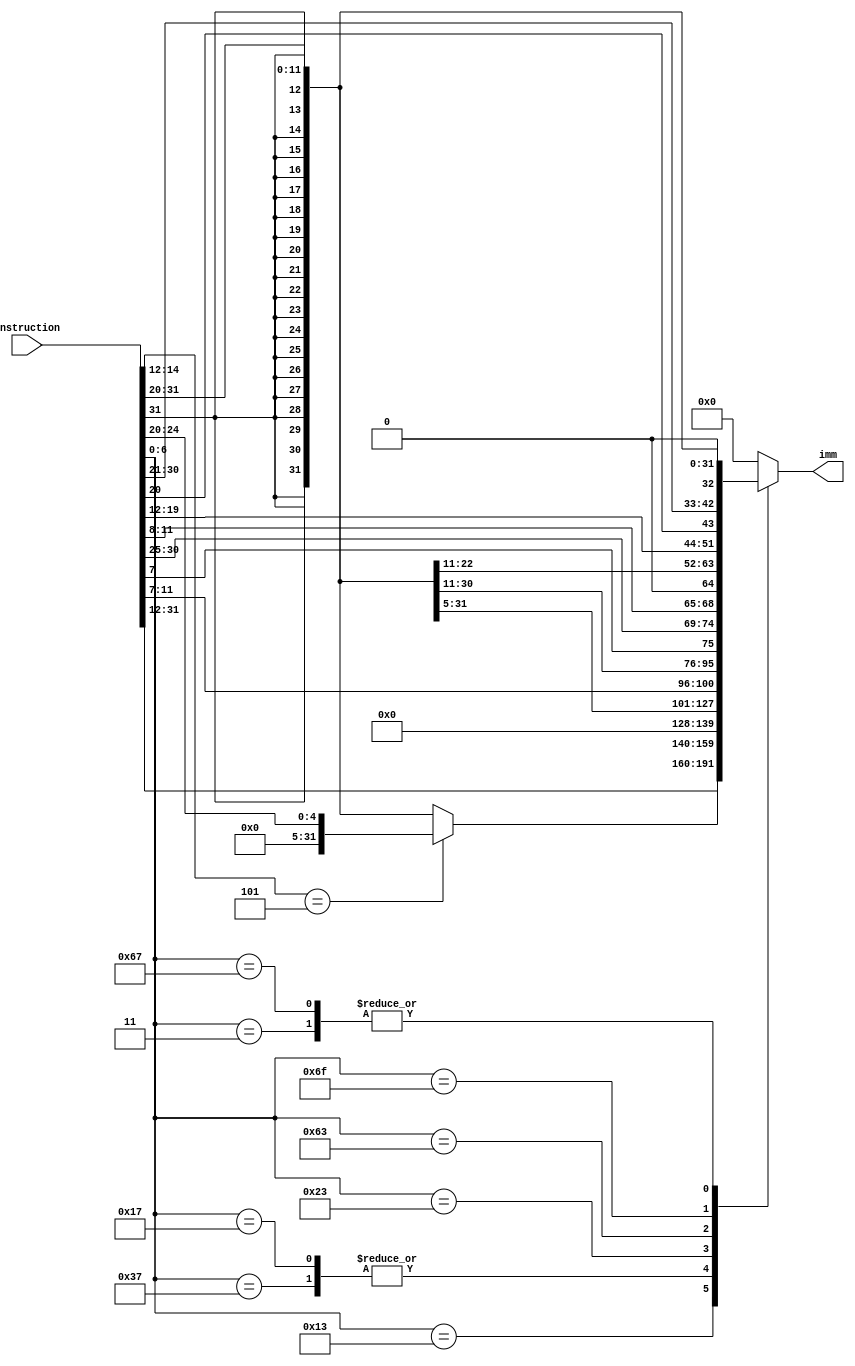
`timescale 1ns / 1ps
//////////////////////////////////////////////////////////////////////////////////
// Company: 
// Engineer: 
// 
// Design Name: 
// Module Name: Imm_Gen
// Project Name: 
// Target Devices: 
// Tool Versions: 
// Description: 
// 
// Dependencies: 
// 
// Revision:
// Revision 0.01 - File Created
// Additional Comments:
// 
//////////////////////////////////////////////////////////////////////////////////


module Imm_Gen(
    input [31:0] Instruction,
    output reg [31:0] imm
    );
    always @(*) begin
        case (Instruction[6:0])
            7'b0110011: begin
                //addsubandorxor
                imm = 0;
            end
            7'b0010011: begin
                //addisllisrlisrai
                if(Instruction[14:12] == 3'b101)
                    imm = {27'b0, Instruction[24:20]};
                else
                    imm = {{20{Instruction[31]}}, Instruction[31:20]};
            end
            7'b0110111: begin
                //lui
                imm = {Instruction[31:12], 12'b0};
            end
            7'b0010111: begin
                //auipc
                imm = {Instruction[31:12], 12'b0};
            end
            7'b0000011: begin
                //lw
                imm = {{20{Instruction[31]}}, Instruction[31:20]};
            end
            7'b0100011: begin
                //sw
                imm = {{20{Instruction[31]}}, Instruction[31:25],Instruction[11:7]};
            end
            7'b1100011: begin
                //beqbltbltu
                imm = {{20{Instruction[31]}}, Instruction[7], Instruction[30:25], Instruction[11:8], 1'b0};
            end
            7'b1101111: begin
                //jal
                imm = {{12{Instruction[31]}}, Instruction[19:12], Instruction[20], Instruction[30:21], 1'b0};
            end
            7'b1100111: begin
                //jalr
                imm = {{20{Instruction[31]}}, Instruction[31:20]};
            end
            default: begin
                imm = 0;
            end
        endcase
    end

endmodule